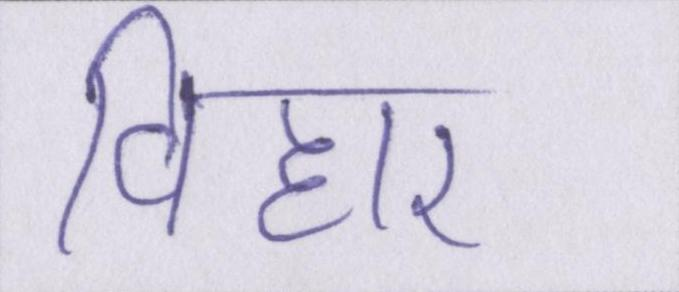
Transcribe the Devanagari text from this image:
विहार